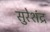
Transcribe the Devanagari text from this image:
सुरेशंद्र